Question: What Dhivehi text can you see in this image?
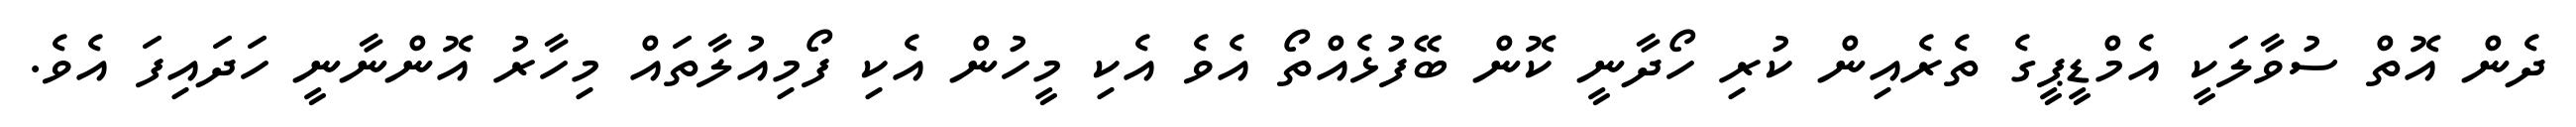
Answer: ދެން އޮތް ސުވާލަކީ އެމްޑީޕީގެ ތެރެއިން ކުރި ހޯދާނީ ކޮން ބޭފުޅެއްތޯ އެވެ އެކި މީހުން އެކި ފޯމިއުލާތައް މިހާރު އޮންނާނީ ހަދައިފަ އެވެ.